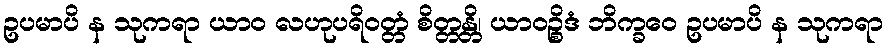
ဥပမာပိ န သုကရာ ယာဝ လဟုပရိဝတ္တံ စိတ္တန္တိ၊ ယာဝဉ္စိဒံ ဘိက္ခဝေ ဥပမာပိ န သုကရာ